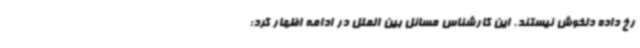
رخ داده دلخوش نیستند. این کارشناس مسائل بین الملل در ادامه اظهار کرد: